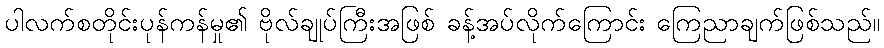
ပါလက်စတိုင်းပုန်ကန်မှု၏ ဗိုလ်ချုပ်ကြီးအဖြစ် ခန့်အပ်လိုက်ကြောင်း ကြေညာချက်ဖြစ်သည်။